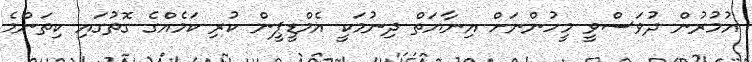
އުމުރުން ދުވަސްވީ މީހުންނަށް އިނާޔަތް ދިނުމަކީ އެމްޑީޕީން ކުރި ކަމެއްގެ ގޮތުގައި ކިތަންމެ